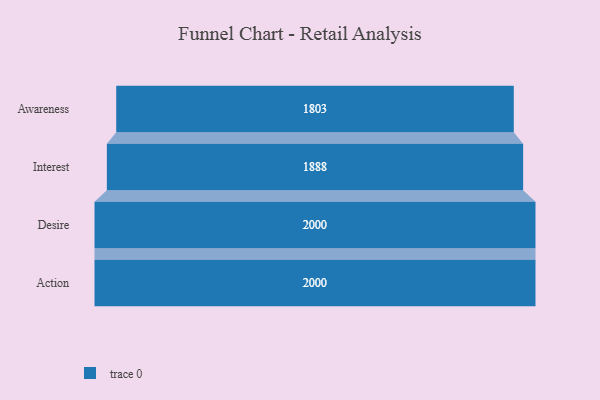
{"axis": {"x": "Stage", "y": "Value"}, "legend": [""], "data": [{"x": "Awareness", "y": 1803.0, "type": ""}, {"x": "Interest", "y": 1888.0, "type": ""}, {"x": "Desire", "y": 2000, "type": ""}, {"x": "Action", "y": 2000, "type": ""}]}